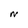
Character: N